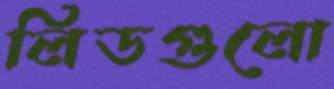
লিডগুলো